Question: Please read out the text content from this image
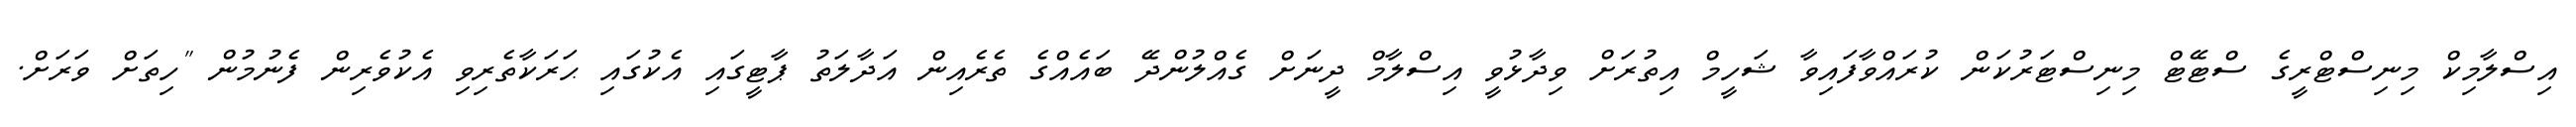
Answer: އިސްލާމިކް މިނިސްޓްރީގެ ސްޓޭޓް މިނިސްޓަރުކަން ކުރައްވާފައިވާ ޝަހީމް އިތުރަށް ވިދާޅުވީ އިސްލާމް ދީނަށް ގެއްލުންދޭ ބައެއްގެ ތެރެއިން އަދާލަތު ޕާޓީގައި އެކުގައި ޙަރަކާތެރިވި އެކުވެރިން ފެނުމުން "ހިތަށް ވަރަށް.